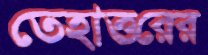
তেহাত্তরের